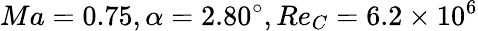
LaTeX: Ma=0.75,\alpha=2.80^{\circ},Re_{C}=6.2\times{10^{6}}